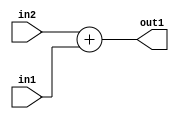
`timescale 1ps / 1ps
/*****************************************************************************
    Verilog RTL Description
    
    
    Created by: Stratus DpOpt 2019.1.01 
*******************************************************************************/

module avg_pool_Add_32Ux32U_32U_1 (
	in2,
	in1,
	out1
	); /* architecture "behavioural" */ 
input [31:0] in2,
	in1;
output [31:0] out1;
wire [31:0] asc001;

assign asc001 = 
	+(in2)
	+(in1);

assign out1 = asc001;
endmodule

/* CADENCE  urjzSQ4= : u9/ySgnWtBlWxVPRXgAZ4Og= ** DO NOT EDIT THIS LINE ******/